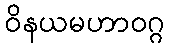
ဝိနယမဟာဝဂ္ဂ